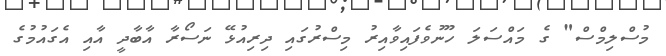
މުސްލިމްސް" ގެ މައްސަލަ ހޫނުވެފައިވާއިރު މިސްރުގައި ދިރިއުޅޭ ނަސޯރާ އާބާދީ އާއި އެގައުމުގެ